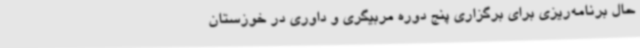
حال برنامه‌ریزی برای برگزاری پنج دوره مربیگری و داوری در خوزستان